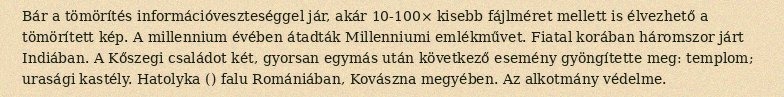
Bár a tömörítés információveszteséggel jár, akár 10-100× kisebb fájlméret mellett is élvezhető a tömörített kép. A millennium évében átadták Millenniumi emlékművet. Fiatal korában háromszor járt Indiában. A Kőszegi családot két, gyorsan egymás után következő esemény gyöngítette meg: templom; urasági kastély. Hatolyka () falu Romániában, Kovászna megyében. Az alkotmány védelme.